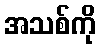
အသစ်ကို